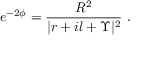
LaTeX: e ^ { - 2 \phi } = \frac { R ^ { 2 } } { | r + i l + \Upsilon | ^ { 2 } } \ .